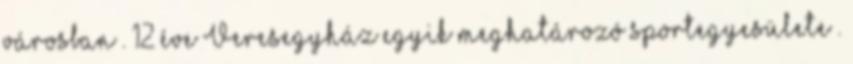
városban . 12 éve Veresegyház egyik meghatározó sportegyesülete .